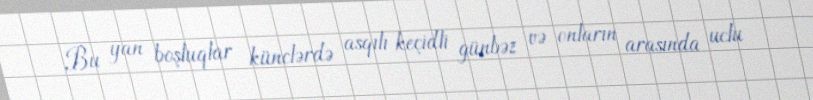
Bu yan boşluqlar künclərdə asqılı keçidli günbəz və onların arasında uclu